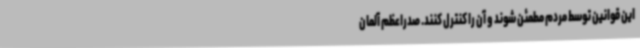
این قوانین توسط مردم مطمئن شوند و آن را کنترل کنند. صدراعظم آلمان